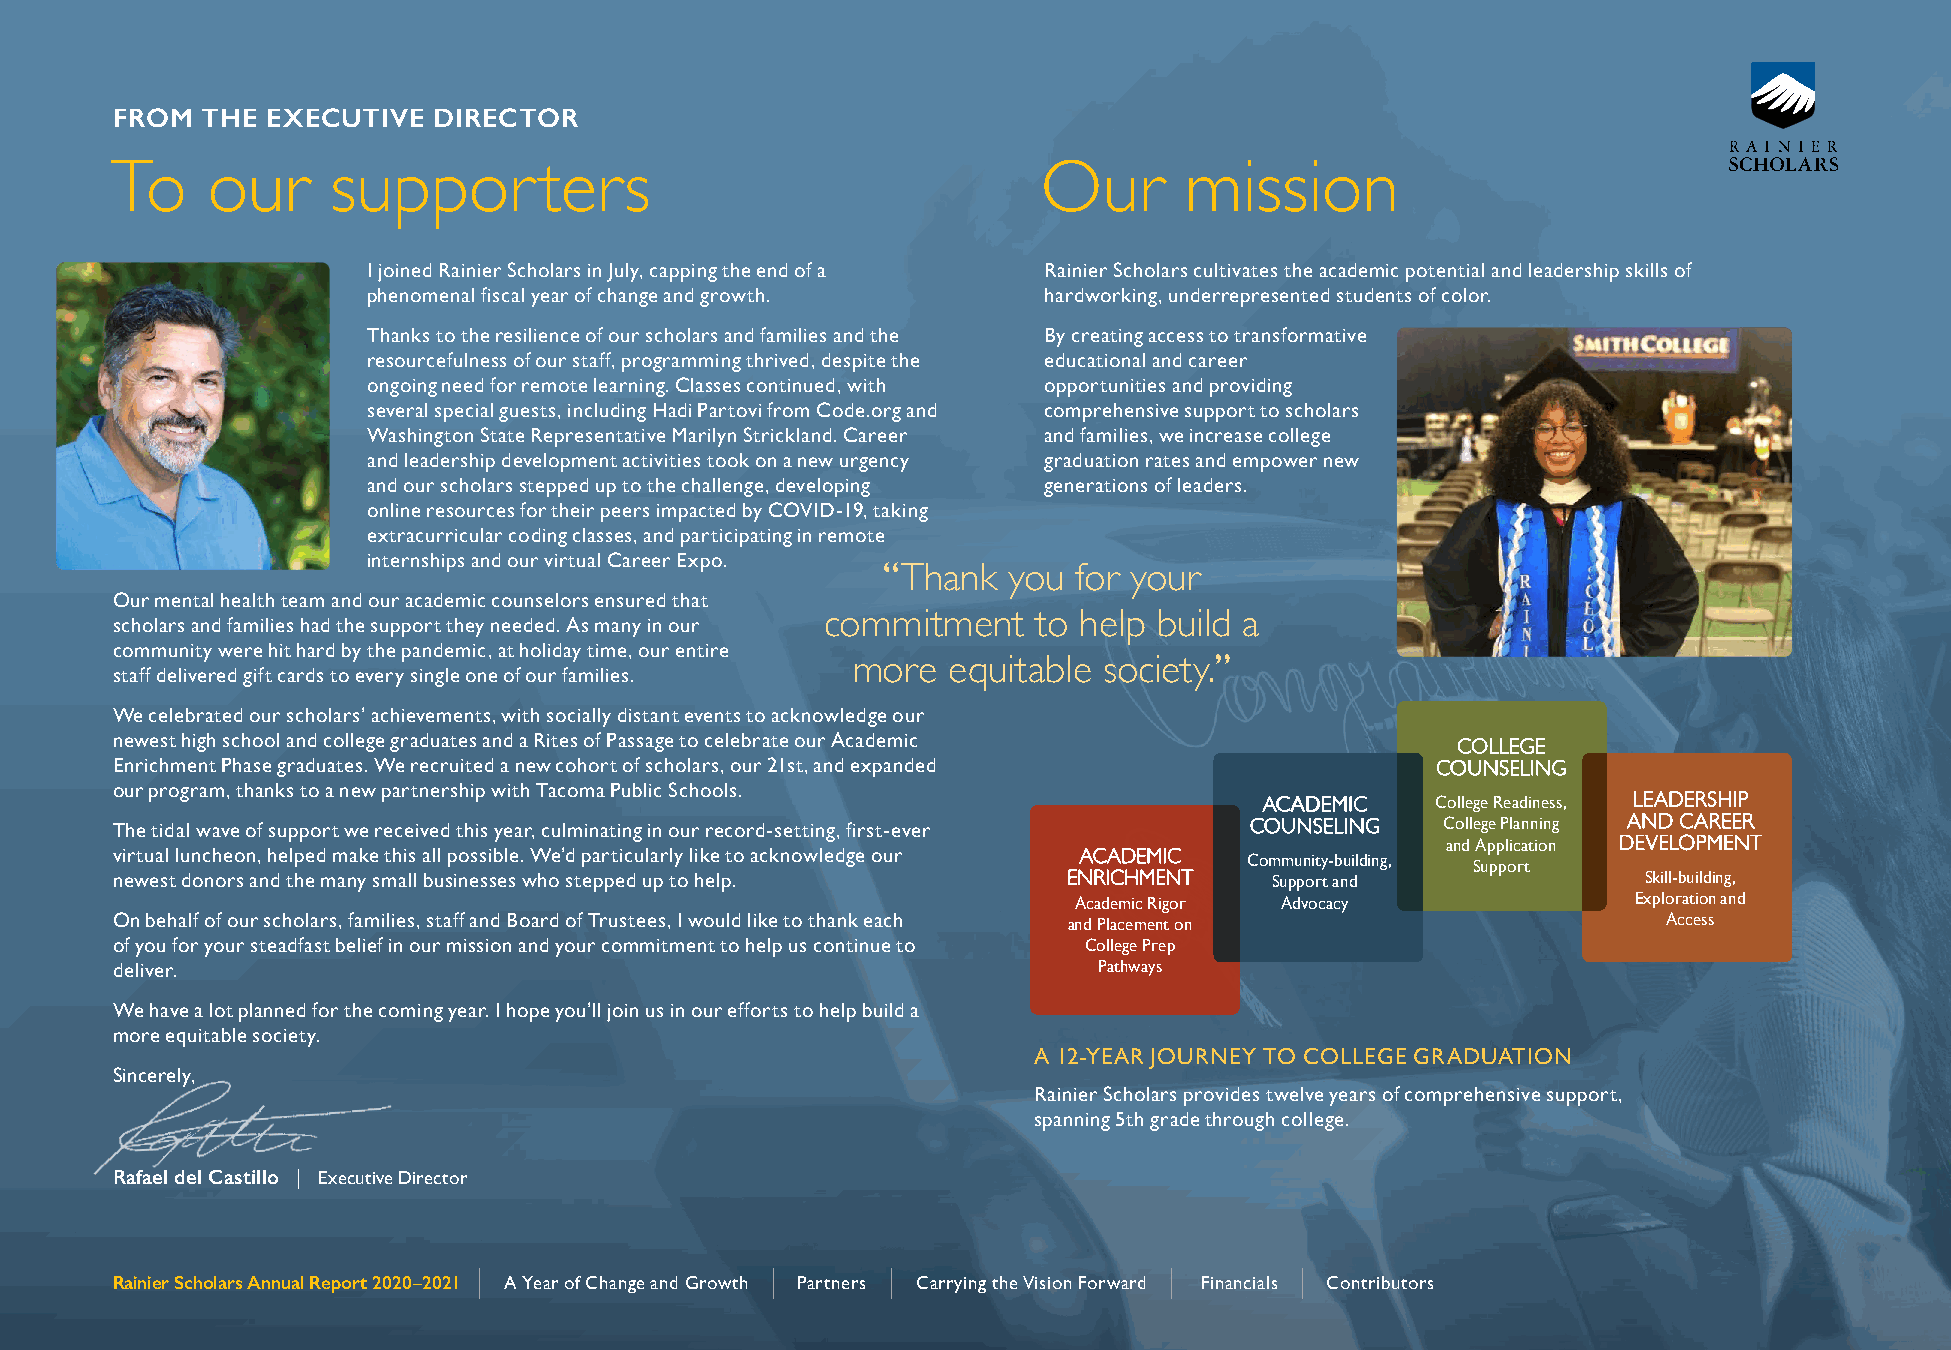
FROM  THE  EXECUTIVE  DIRECTOR
 To     our     supporters                                     Our      mission
 I joined Rainier Scholars in July, capping the end of a Rainier Scholars cultivates the academic potential and leadership skills of
 phenomenal fiscal year of change and growth. hardworking, underrepresented students of color.
 Thanks to the resilience of our scholars and families and the By creating access to transformative
 resourcefulness of our staff, programming thrived, despite the educational and career
 ongoing need for remote learning. Classes continued, with opportunities and providing
 several special guests, including Hadi Partovi from Code.org and comprehensive support to scholars
 Washington State Representative Marilyn Strickland. Career and families, we increase college
 and leadership development activities took on a new urgency graduation rates and empower new
 and our scholars stepped up to the challenge, developing generations of leaders.
 online resources for their peers impacted by COVID-19, taking
 extracurricular coding classes, and participating in remote
 internships and our virtual Career Expo.
 “Thank   you for your
 Our mental health team and our academic counselors ensured that
 scholars and families had the support they needed. As many in our commitment to help build a
 community were hit hard by the pandemic, at holiday time, our entire
 more   equitable society.”
 staff delivered gift cards to every single one of our families.
 We celebrated our scholars’ achievements, with socially distant events to acknowledge our
 newest high school and college graduates and a Rites of Passage to celebrate our Academic
 CCOOLLLLEEGGEE
 Enrichment Phase graduates. We recruited a new cohort of scholars, our 21st, and expanded CCOOUUNNSSEELLIINNGG
 our program, thanks to a new partnership with Tacoma Public Schools.
 AACCAADDEEMMIICC College Readiness, LLEEAADDEERRSSHHIIPP
 The tidal wave of support we received this year, culminating in our record-setting, first-ever CCOOUUNNSSEELLIINNGG College Planning AANNDD CCAARREEEERR
 and Application DDEEVVEELLOOPPMMEENNTT
 virtual luncheon, helped make this all possible. We’d particularly like to acknowledge our AACCAADDEEMMIICC Community-building, Support
 newest donors and the many small businesses who stepped up to help. EENNRRIICCHHMMEENNTT Support and  Skill-building,
 Academic Rigor Advocacy              Exploration and
 On behalf of our scholars, families, staff and Board of Trustees, I would like to thank each and Placement on Access
 of you for your steadfast belief in our mission and your commitment to help us continue to College Prep
 deliver.                                                          Pathways
 We have a lot planned for the coming year. I hope you’ll join us in our efforts to help build a
 more equitable society.
 A 12-YEAR JOURNEY TO COLLEGE GRADUATION
 Sincerely,
 Rainier Scholars provides twelve years of comprehensive support,
 spanning 5th grade through college.
 Rafael del Castillo | Executive Director
 ||                 ||      ||                ||       ||
 RRaaiinniieerr SScchhoollaarrss AAnnnnuuaall RReeppoorrtt 22002200––22002211 AA YYeeaarr ooff CChhaannggee aanndd GGrroowwtthh PPaarrttnneerrss CCaarrrryyiinngg tthhee VViissiioonn FFoorrwwaarrdd FFiinnaanncciiaallss CCoonnttrriibbuuttoorrss